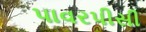
પાવરપીસી